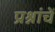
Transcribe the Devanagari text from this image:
प्रश्नांचें